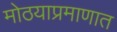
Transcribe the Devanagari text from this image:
मोठयाप्रमाणात